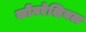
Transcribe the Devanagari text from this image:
कोंगरेशियल